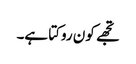
تجھے کون روکتا ہے۔